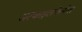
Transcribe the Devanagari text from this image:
अल्काइलफेनोल